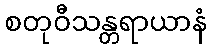
စတုဝီသန္တရာယာနံ